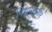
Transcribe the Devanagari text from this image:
नियमानूसार